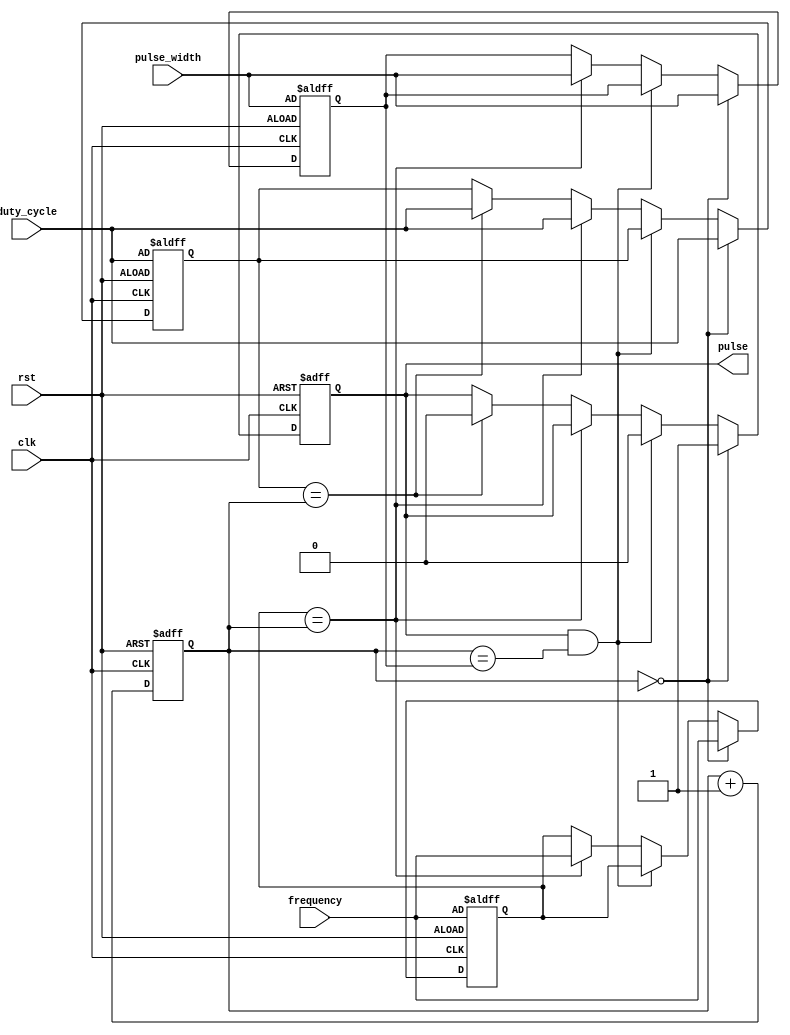
module ProgrammablePulseGenerator(
    input wire clk,
    input wire rst,
    input wire [7:0] pulse_width,
    input wire [7:0] frequency,
    input wire [7:0] duty_cycle,
    output reg pulse
);

reg [7:0] count;
reg [7:0] pulse_width_count;
reg [7:0] frequency_count;
reg [7:0] duty_cycle_count;

always @(posedge clk or posedge rst) begin
    if (rst) begin
        count <= 8'h00;
        pulse_width_count <= pulse_width;
        frequency_count <= frequency;
        duty_cycle_count <= duty_cycle;
        pulse <= 1'b0;
    end else begin
        count <= count + 1;

        if (count == 0) begin
            pulse <= 1'b1;
            pulse_width_count <= pulse_width;
            frequency_count <= frequency;
            duty_cycle_count <= duty_cycle;
        end else if (pulse == 1'b1 && count == pulse_width_count) begin
            pulse <= 1'b0;
        end else if (frequency_count == count) begin
            frequency_count <= frequency;
            pulse_width_count <= pulse_width;
            duty_cycle_count <= duty_cycle;
        end else if (duty_cycle_count == count) begin
            pulse <= 1'b0;
            duty_cycle_count <= duty_cycle;
        end
    end
end

endmodule